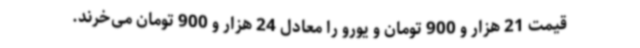
قیمت 21 هزار و 900 تومان و یورو را معادل 24 هزار و 900 تومان می‌خرند.